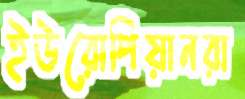
ইউরোপিয়ানরা